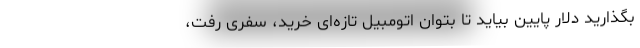
بگذارید دلار پایین بیاید تا بتوان اتومبیل تازه‌ای خرید، سفری رفت،